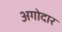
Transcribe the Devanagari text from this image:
अगोदार